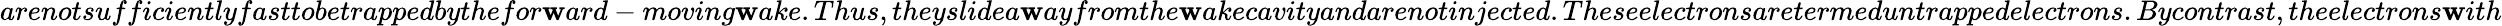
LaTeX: arenotsufficientlyfasttobetrappedbythefor\mathbf{w}ard-moving\mathbf{w}ake.Thus,theyslidea\mathbf{w}ayfromthe\mathbf{w}akecavityandarenotinjected.Theseelectronsaretermed\textit{{untrappedelectrons}}.Bycontrast,theelectrons\mathbf{w}ith